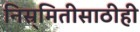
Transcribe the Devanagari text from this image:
निस्र्मितीसाठीही